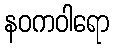
နဝကဝါရော